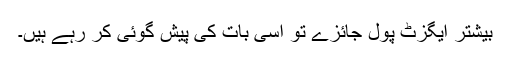
بیشتر ایگزٹ پول جائزے تو اسی بات کی پیش گوئی کر رہے ہیں۔